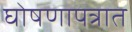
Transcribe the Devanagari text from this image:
घोषणापत्रात